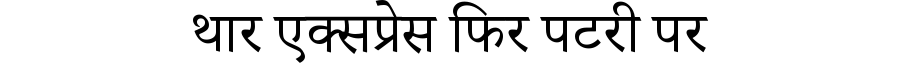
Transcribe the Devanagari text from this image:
थार एक्सप्रेस फिर पटरी पर